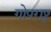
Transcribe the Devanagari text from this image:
गोपराष्ट्र